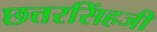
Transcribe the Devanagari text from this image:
छत्तरसिंहजी